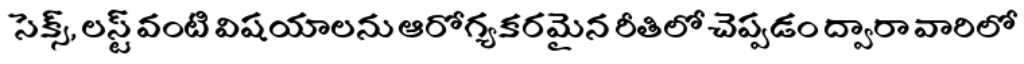
సెక్స్, లస్ట్ వంటి విషయాలను ఆరోగ్యకరమైన రీతిలో చెప్పడం ద్వారా వారిలో